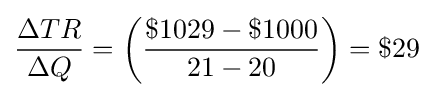
{\frac {\Delta TR}{\Delta Q}}=\left({\frac {\$1029-\$1000}{21-20}}\right)=\$29